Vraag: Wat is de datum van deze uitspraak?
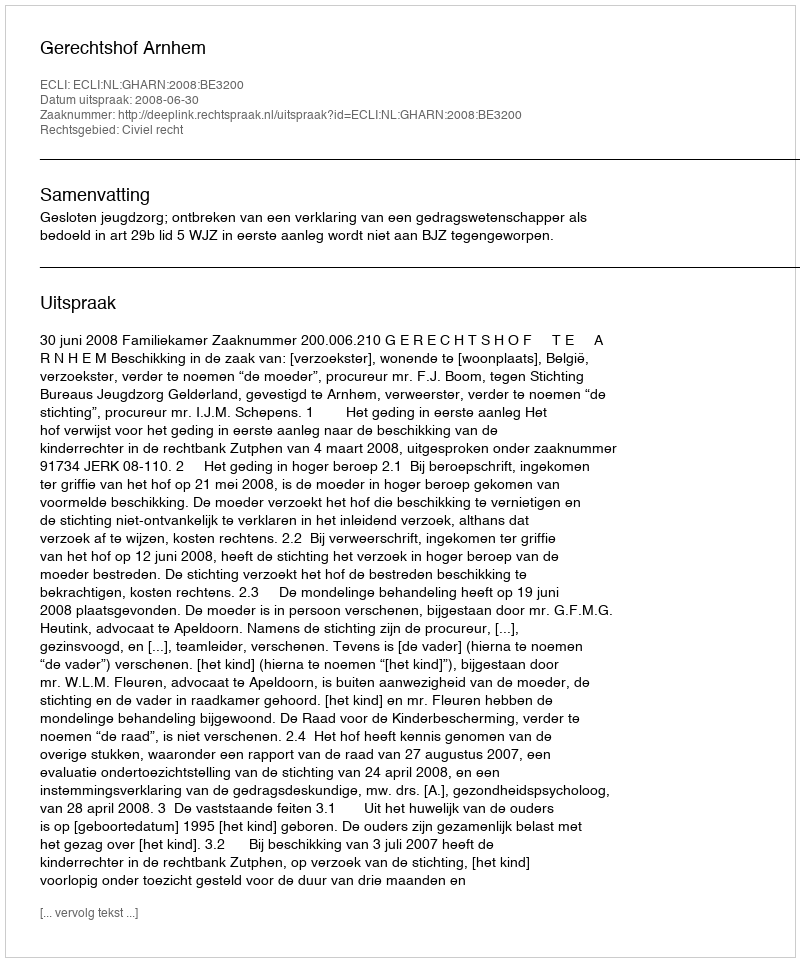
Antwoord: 2008-06-30